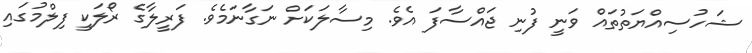
ޝަހުސިއްޔަތުތައް ވަނީ ފުނި ޖައްސާފަ އެވެ. މިސާލަކަށް ނަގާނަމެވެ. ފަރީލާގެ ރޯލަކީ ފިލްމުގައި